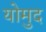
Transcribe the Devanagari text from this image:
योमुद